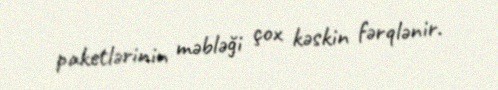
paketlərinin məbləği çox kəskin fərqlənir.